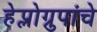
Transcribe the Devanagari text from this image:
हेप्लोग्रुपांचे